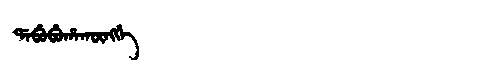
Manchu: ᡩᠠᠪᡠᠪᡠᡥᠠᡴᡡᠩᡤᡝ
Romanization: DABUBUHAKŪNGGE